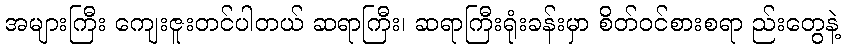
အများကြီး ကျေးဇူးတင်ပါတယ် ဆရာကြီး၊ ဆရာကြီးရုံးခန်းမှာ စိတ်ဝင်စားစရာ ည်းတွေနဲ့